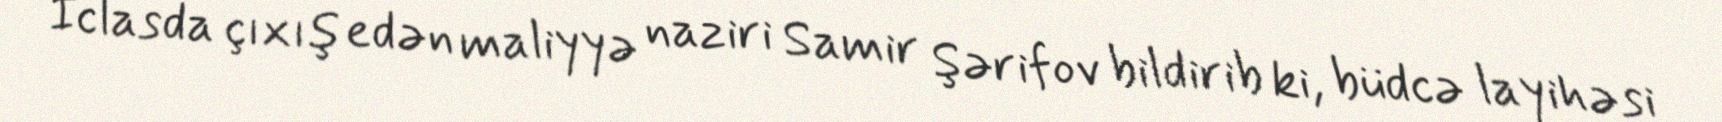
İclasda çıxış edən maliyyə naziri Samir Şərifov bildirib ki, büdcə layihəsi